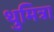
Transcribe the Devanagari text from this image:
थुमित्रा